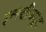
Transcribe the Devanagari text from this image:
इन्स्टीच्यूट